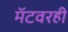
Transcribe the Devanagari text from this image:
मॅटवरही